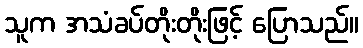
သူက အသံခပ်တိုးတိုးဖြင့် ပြောသည်။